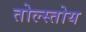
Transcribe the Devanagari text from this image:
तोल्स्तोय